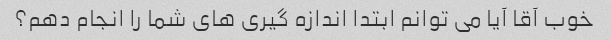
خوب آقا آیا می توانم ابتدا اندازه گیری های شما را انجام دهم؟